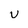
Character: U